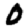
Digit: 0